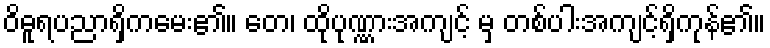
ဝိဓူရပညာရှိကမေး၏။ တေ၊ ထိုပုဏ္ဏားအကျင့် မှ တစ်ပါးအကျင့်ရှိကုန်၏။